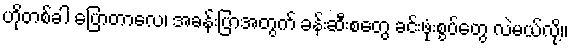
ဟိုတစ်ခါ ပြောတာလေ၊ အခန်းပြာအတွက် ခန်းဆီးစတွေ ခင်းဖုံးစွပ်တွေ လဲမယ်လို့။